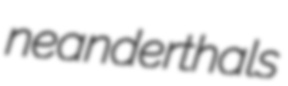
neanderthals